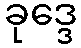
ခုဒ္ဒေ